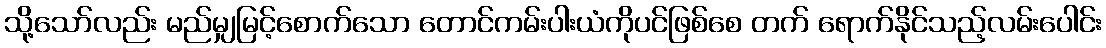
သို့သော်လည်း မည်မျှမြင့်စောက်သော တောင်ကမ်းပါးယံကိုပင်ဖြစ်စေ တက် ရောက်နိုင်သည့်လမ်းပေါင်း